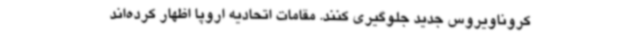
کروناویروس جدید جلوگیری کنند. مقامات اتحادیه اروپا اظهار کرده‌اند